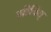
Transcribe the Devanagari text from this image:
जीवित्